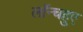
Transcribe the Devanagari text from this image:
लॉन्चहुए